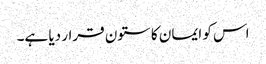
اس کو ایمان کا ستون قرار دیا ہے۔